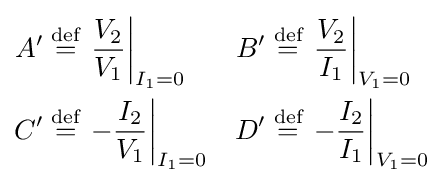
{\begin{aligned}A'&\mathrel {\stackrel {\text{def}}{=}} \left.{\frac {V_{2}}{V_{1}}}\right|_{I_{1}=0}&B'&\mathrel {\stackrel {\text{def}}{=}} \left.{\frac {V_{2}}{I_{1}}}\right|_{V_{1}=0}\\C'&\mathrel {\stackrel {\text{def}}{=}} \left.-{\frac {I_{2}}{V_{1}}}\right|_{I_{1}=0}&D'&\mathrel {\stackrel {\text{def}}{=}} \left.-{\frac {I_{2}}{I_{1}}}\right|_{V_{1}=0}\end{aligned}}